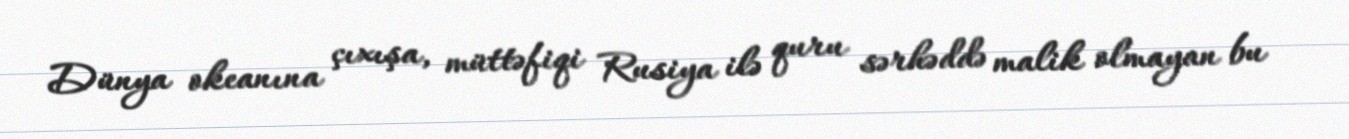
Dünya okeanına çıxışa, müttəfiqi Rusiya ilə quru sərhəddə malik olmayan bu